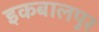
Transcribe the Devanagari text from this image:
इकबालपुर